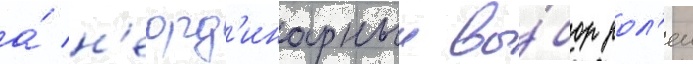
а́ н'еорд'инарныи вы́бор рол'еи